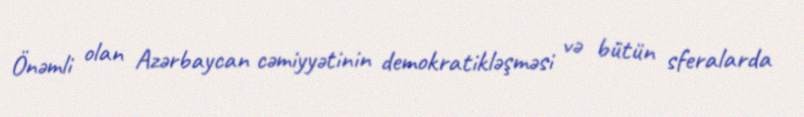
Önəmli olan Azərbaycan cəmiyyətinin demokratikləşməsi və bütün sferalarda